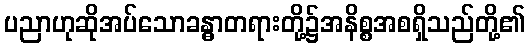
ပညာဟုဆိုအပ်သောခန္ဓာတရားတို့၌အနိစ္စအစရှိသည်တို့၏